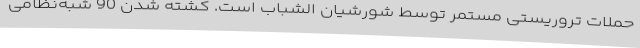
حملات تروریستی مستمر توسط شورشیان الشباب است. کشته شدن 90 شبه‌نظامی